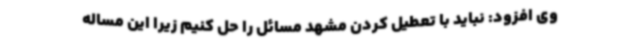
وی افزود: نباید با تعطیل کردن مشهد مسائل را حل کنیم زیرا این مساله